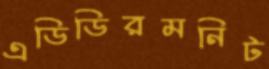
এডিডিরমনিট